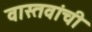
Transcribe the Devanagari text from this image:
वास्तवांची